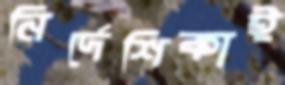
নির্দেশিকাই